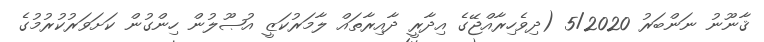
ޤާނޫނު ނަންބަރު 5/2020 (ދިވެހިރާއްޖޭގެ އިދާރީ ދާއިރާތައް ލާމަރުކަޒީ އުޞޫލުން ހިންގުން ކަށަވަރުކުރުމުގެ